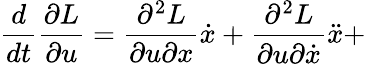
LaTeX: \frac{d}{dt}\frac{\partial L}{\partial u}=\frac{\partial^{2}L}{\partial u\partial x}\dot{x}+\frac{\partial^{2}L}{\partial u\partial\dot{x}}\ddot{x}+